General report no. 6 on the lunatic asylums, vaccination and dispensaries in the Bengal Presidency, 1873 -
Year: 1873
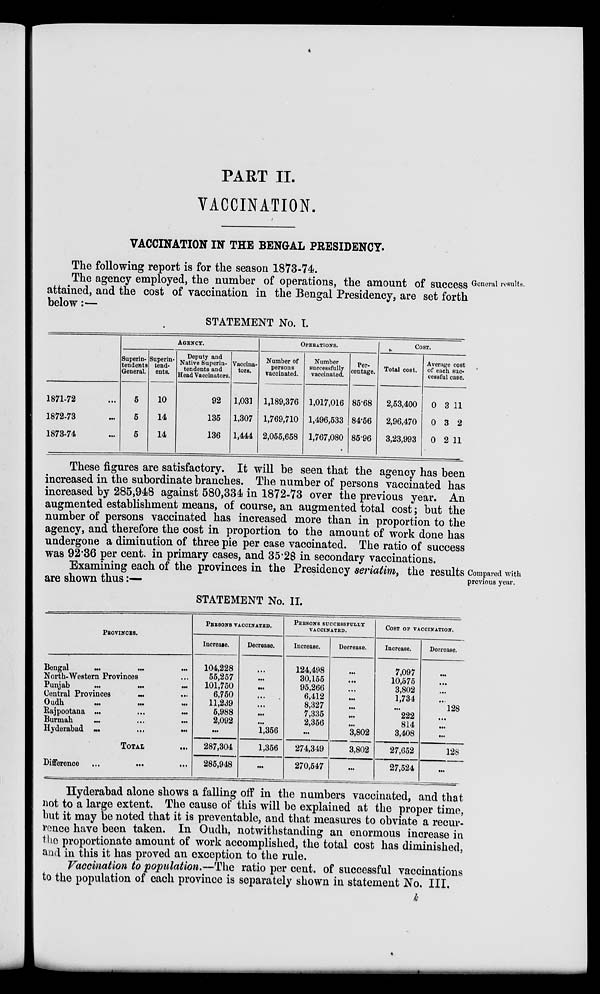
PART II.
VACCINATION.
VACCINATION IN THE BENGAL PRESIDENCY.
The following report is for the season 1873-74.
General results
The agency employed, the number of operations, the amount of success
.
attained, and the cost of vaccination in the Bengal Presidency, are set forth
below:—
General results.
The agency employed, the number of operations, the amount of success
attained, and the cost of vaccination in the Bengal Presidency, are set forth
below:—
STATEMENT No. I.
1871-72 ...
1872-73 ...
1873-74 ...
AGENCY.
Superin-
tendents
General.
5
5
5
Superin-
tend-
ents.
10
14
14
Deputy and
Native Superin-
tendents and
Head Vaccinators.
92
135
136
Vaccina-
tors.
1,031
1,307
1,444
OPERATIONS.
Number of
persons
vaccinated.
1,189,376
1,769,710
2,055,658
Number
successfully
vaccinated.
1,017,016
1,496,533
1,767,080
Per-
centage.
85.68
84.56
85.96
COST.
Total cost.
2,53,400
2,96,470
3,23,993
Average cost
of each suc-
cessful case.
0
0
0
3
3
2
11
2
11
These figures are satisfactory. It will be seen that the agency has been
increased in the subordinate branches. The number of persons vaccinated has
increased by 285,948 against 580,334 in 1872-73 over the previous year. An
augmented establishment means, of course, an augmented total cost; but the
number of persons vaccinated has increased more than in proportion to the
agency, and therefore the cost in proportion to the amount of work done has
undergone a diminution of three pie per case vaccinated. The ratio of success
was 92.36 per cent. in primary cases, and 35.28 in secondary vaccinations.
Compared with
previous year.
Examining each of the provinces in the Presidency seriatim, the results
are shown thus:—
STATEMENT No. II.
PROVINCES.
Bengal ... ... ...
North-Western Provinces ...
Punjab
...
...
...
Central Provinces ... ...
Oudh
...
...
...
Rajpootana ... ... ...
Burmah ... ... ...
Hyderabad
...
...
...
TOTAL ...
Difference
...
...
...
PERSOND VACCINATED.
Increase.
104,228
55,257
101,750
6,750
11,239
5,988
2,092
...
287,304
285,948
Decrease.
...
...
...
...
...
...
...
1,356
1,356
...
PERSONS SUCESSFULLY
VACCINATED.
Increase.
124,408
30,155
95,266
6,412
8,327
7,335
2,356
...
274,349
270,547
Decrease.
...
...
...
...
...
...
...
3,802
3,802
...
COST OF VACCINATION.
Increase.
7,097
10,575
3,802
1,734
...
222
814
3,408
27,652
27,524
Decrease.
...
...
...
...
128
...
...
...
128
...
Hyderabad alone shows a falling off in the numbers vaccinated, and that
not to a large extent. The cause of this will be explained at the proper time,
but it may be noted that it is preventable, and that measures to obviate a recur-
rence have been taken. In Oudh, notwithstanding an enormous increase in
the proportionate amount of work accomplished, the total cost has diminished,
and in this it has proved an exception to the rule.
Vaccination to population.—The ratio per cent. of successful vaccinations
to the population of each province is separately shown in statement No. III.
k